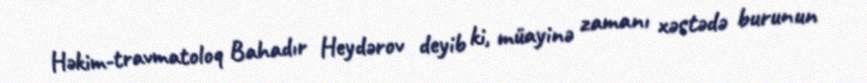
Həkim-travmatoloq Bahadır Heydərov deyib ki, müayinə zamanı xəstədə burunun